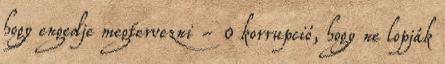
hogy engedje megtervezni - 0 korrupció, hogy ne lopják